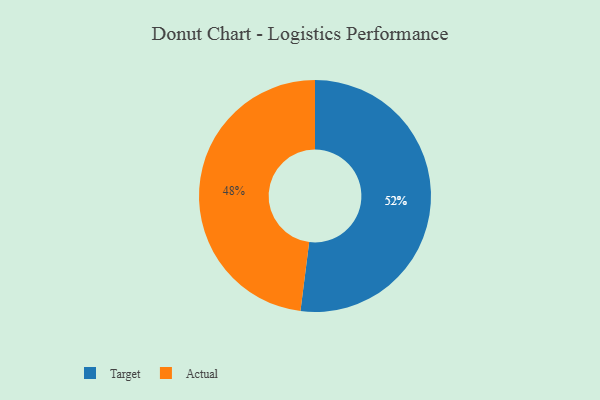
{"axis": {"x": "Category", "y": "Percentage"}, "legend": ["Actual", "Target"], "data": [{"x": "Actual", "y": 48, "type": "Actual"}, {"x": "Target", "y": 52, "type": "Target"}]}